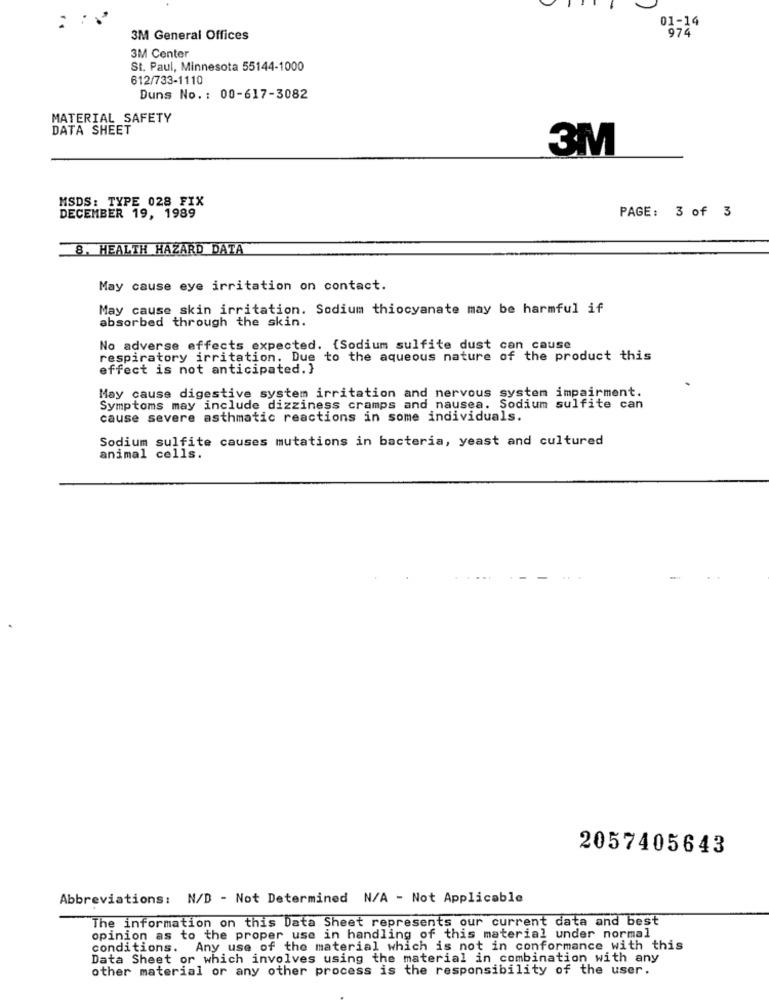
01-14
974
3M General Offices
3M Center
St. Paul, Minnesota 55144-1000
612/733-1110
Duns No. : 00-617-3082
MATERIAL SAFETY
DATA SHEET
3M
MSDS: TYPE 028 FIX
DECEMBER 19, 1989
PAGE: 3 of 3
8. HEALTH HAZARD DATA
May cause eye irritation on contact.
May cause skin irritation. Sodium thiocyanate may be harmful if
absorbed through the skin.
No adverse effects expected. {Sodium sulfite dust can cause
respiratory irritation. Due to the aqueous nature of the product this
effect is not anticipated. }
May cause digestive system irritation and nervous system impairment.
Symptoms may include dizziness cramps and nausea. Sodium sulfite can
cause severe asthmatic reactions in some individuals.
Sodium sulfite causes mutations in bacteria, yeast and cultured
animal cells.
2057405643
Abbreviations: N/D - Not Determined N/A - Not Applicable
The information on this Data Sheet represents our current data and best
opinion as to the proper use in handling of this material under normal
conditions. Any use of the material which is not in conformance with this
Data Sheet or which involves using the material in combination with any
other material or any other process is the responsibility of the user.